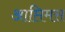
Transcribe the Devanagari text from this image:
आप्तिमस